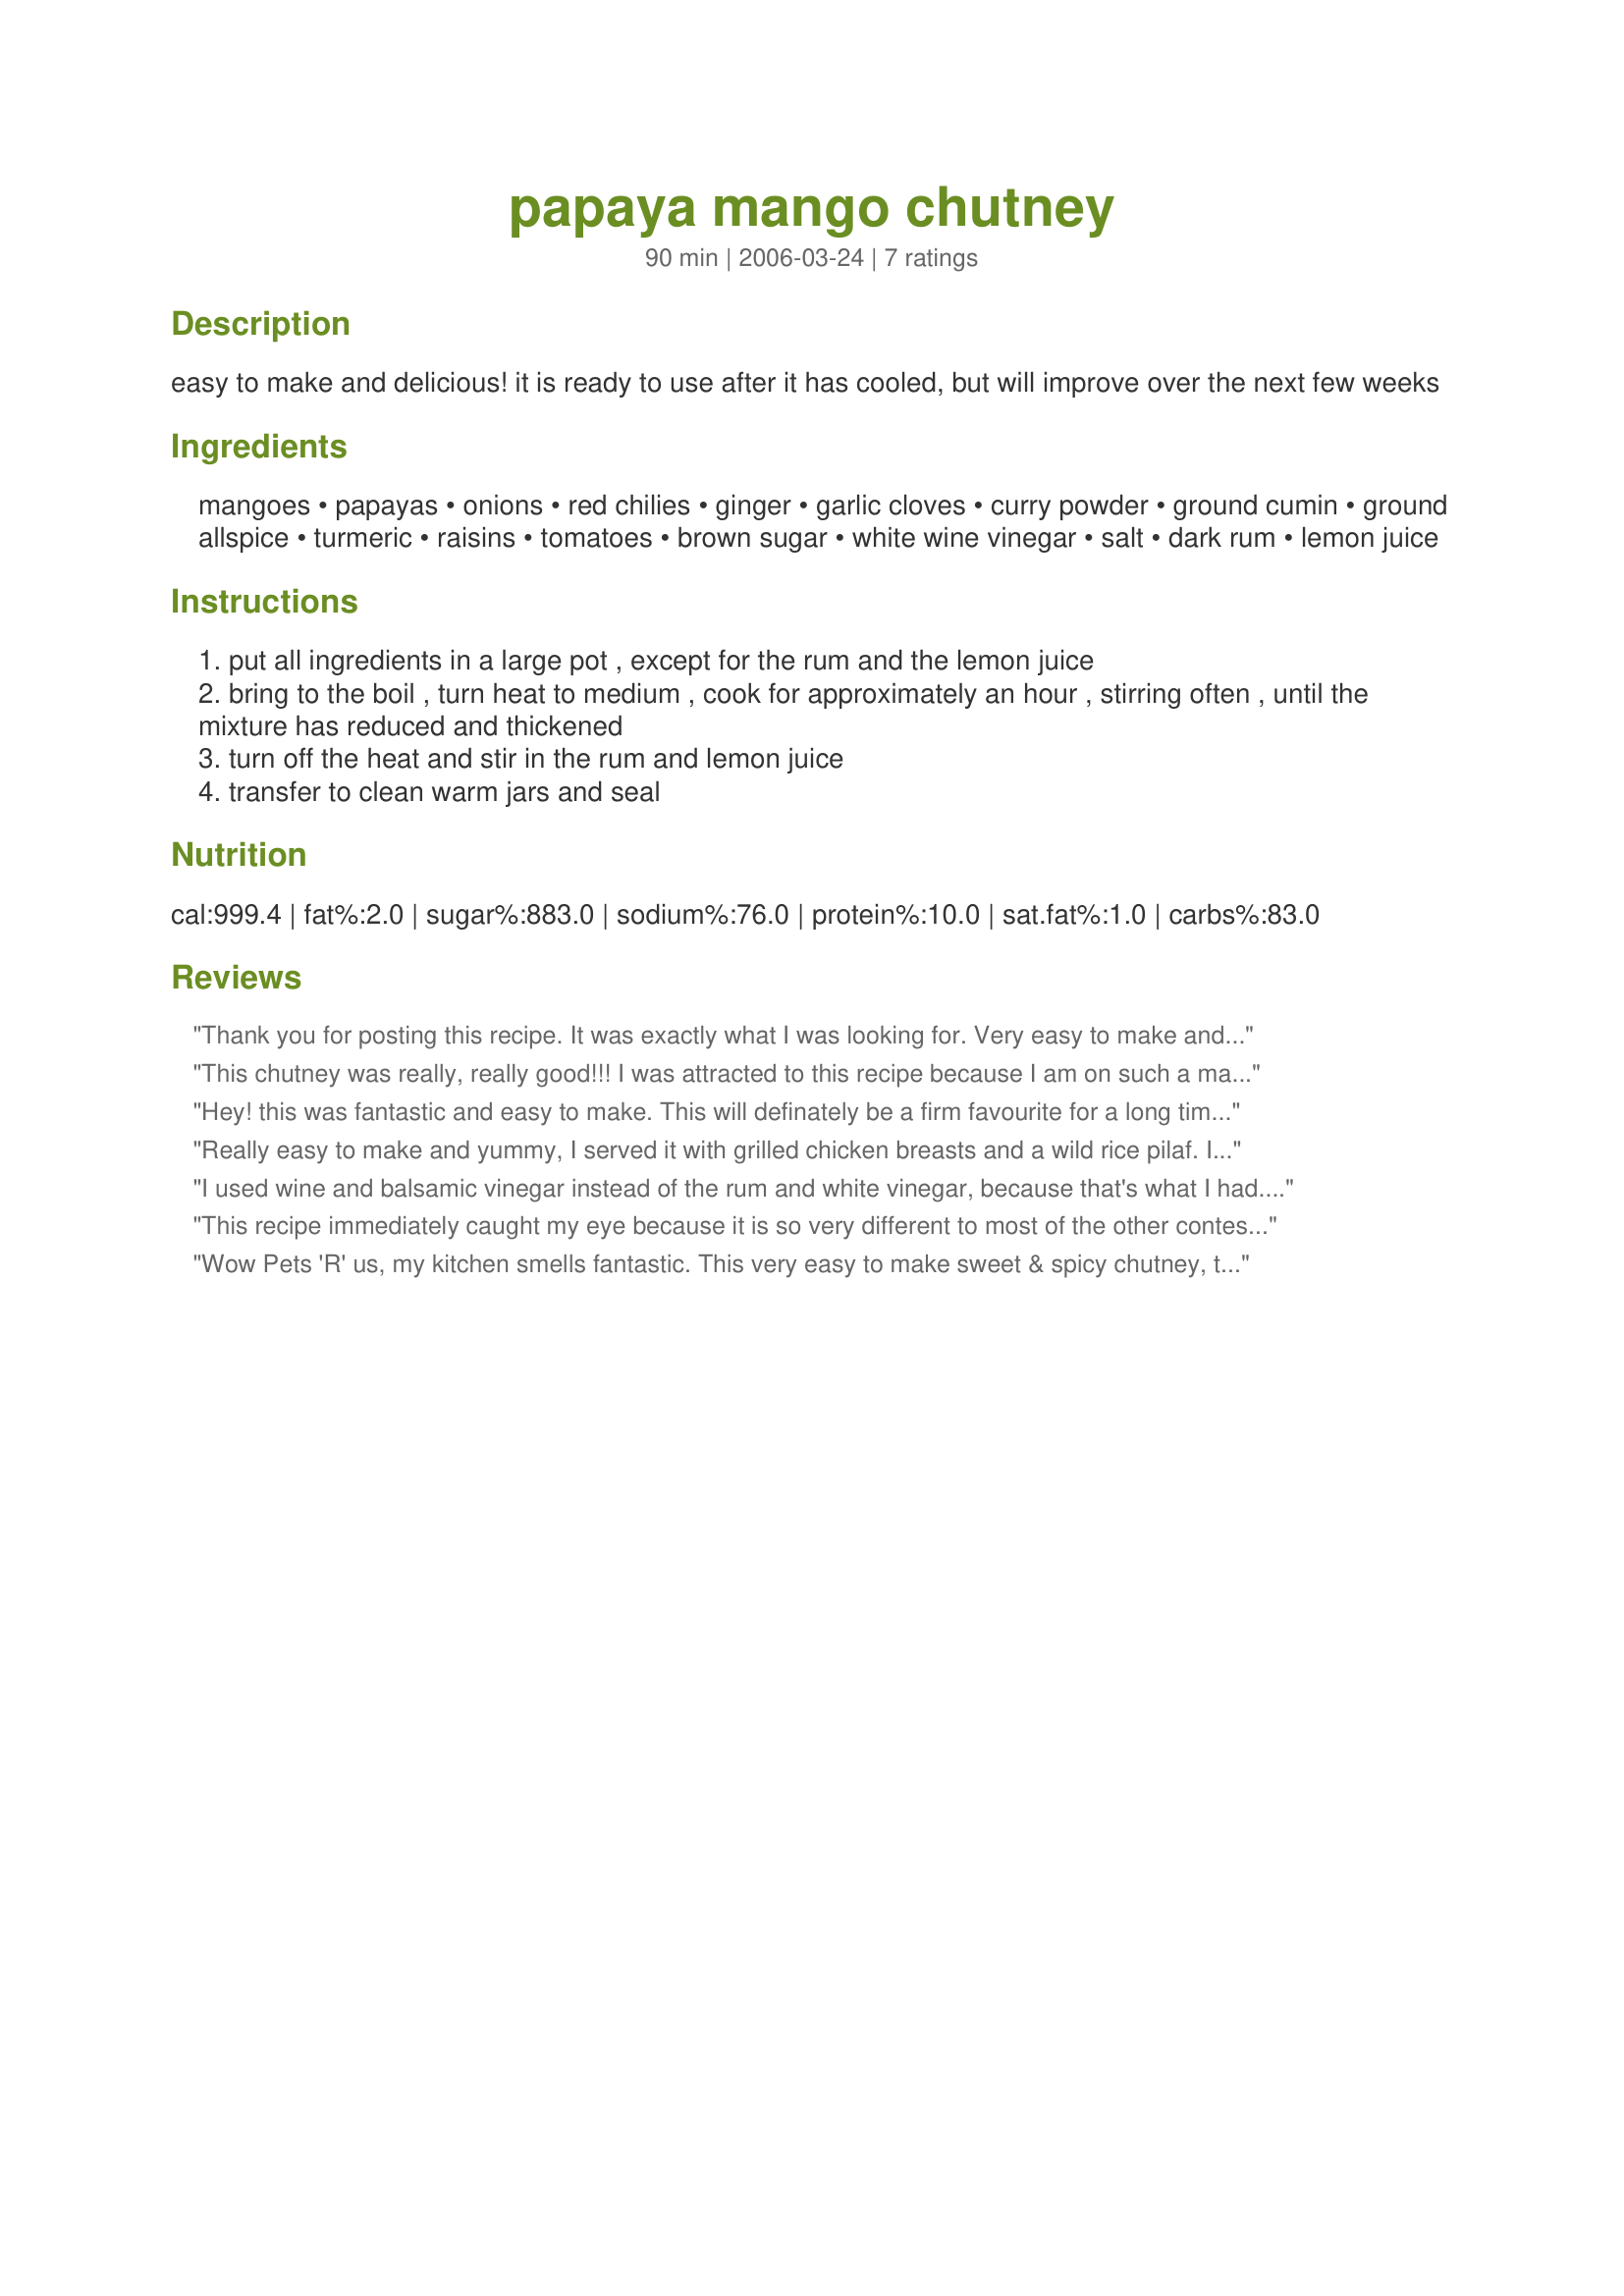
papaya mango chutney
Preparation time: 90 minutes

easy to make and delicious! it is ready to use after it has cooled, but will improve over the next few weeks

Ingredients:
mangoes, papayas, onions, red chilies, ginger, garlic cloves, curry powder, ground cumin, ground allspice, turmeric, raisins, tomatoes, brown sugar, white wine vinegar, salt, dark rum, lemon juice

Steps:
put all ingredients in a large pot , except for the rum and the lemon juice
bring to the boil , turn heat to medium , cook for approximately an hour , stirring often , until the mixture has reduced and thickened
turn off the heat and stir in the rum and lemon juice
transfer to clean warm jars and seal

Reviews:
Thank you for posting this recipe. It was exactly what I was looking for. Very easy to make and taste great. I made it today, but substituted Cider Vinegar for the White Wine Vinegar, and used halepeno peppers for the red chilies as that is what I had in the cupboard. It turned out great even with the substitutions. I can't wait to try it again with the original ingredients. It thickened right up in about an hour for me...I thought it might take longer, but was pleasantly surprised it didn't. I got approximately 6 jars. Thanks again for a great, easy recipe that a novice canner like myself could even accomplish! :)
This chutney was really, really good!!! I was attracted to this recipe because I am on such a mango and papaya kick, that I could have the best of both worlds. It makes up fast and easy...basically cutting up into one pot, so making the cleanup a snap! It is delicious with the right combination of spices and heat. I did cut the recipe in half because, with any recipe that big, I wanted to make sure that I liked it first and not have gazillions of jars leftover. It made me 7 wonderful little half pint jars....perfect over cream cheese and crackers without any leftovers sitting in the fridge for any length of time. I might also try it over warmed/grilled brie cheese....the possibilities are beginning to look endless!!! I took some over to a friend's place as a gift and we all enjoyed it tremendously. I will make this again...and and at the rate I am going through these jars....I may end up having to make the full recipe!!! Nice of you to share, Pets'R'us
Hey! this was fantastic and easy to make. This will definately be a firm favourite for a long time. All the family loved it. Well done.
Really easy to make and yummy, I served it with grilled chicken breasts and a wild rice pilaf. I can't wait to open more jars!
I used wine and balsamic vinegar instead of the rum and white vinegar, because that's what I had. Still delicious. I will make this again with the rum.
This recipe immediately caught my eye because it is so very different to most of the other contest submissions. I love making my own preserves, but have never made mango chutney before. I had a little bit of trouble to find allspice here in Switzerland and have never cooked with it before. I finally found it in an organic shop. Once I had the allspice I could follow the recipe to the letter. I used three bird-eye chillis (Thai chillis). All the ingredients are well balanced and the result is a sweet and spicy (but not hot) chutney. I used it to make a mango chicken posted here on zaar and the chicken was a real treat! Thank you for creating this chutney and good luck in the contest!
Wow Pets 'R' us, my kitchen smells fantastic. This very easy to make sweet & spicy chutney, tastes great. So much flavour, such a nice blending of contest ingredients. I've had mango chutney before, but never with papaya Kudos...I can't wait to try this in a month or so, it will be even more intense by then. I used a large hot mexican chilie. It produced a lovely spicy flavour that is not hot to the taste, but compliments the chutney nicely. Thank you so much for sharing your creation.
